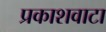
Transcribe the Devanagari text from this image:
प्रकाशवाटा